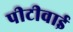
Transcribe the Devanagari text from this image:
पीटीवाई